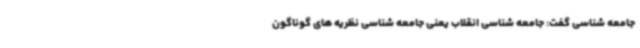
جامعه شناسی گفت: جامعه شناسی انقلاب یعنی جامعه شناسی نظریه های گوناگون